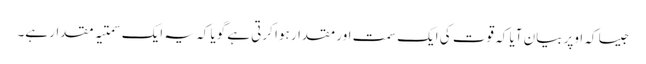
جیسا کہ اوپر بیان آیا کہ قوت کی ایک سمت اور مقدار ہوا کرتی ہے گویا کہ یہ ایک سمتیہ مقدار ہے۔